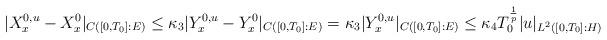
LaTeX: \begin{align*} |X^{0,u}_x - X^0_x|_{C([0,T_0]:E)} \leq \kappa_3 |Y^{0,u}_x - Y^0_x|_{C([0,T_0]:E)} = \kappa_3|Y^{0,u}_x|_{C([0,T_0]:E)} \leq \kappa_4 T_0^{\frac{1}{p}} |u|_{L^2([0,T_0]:H)} \end{align*}